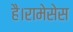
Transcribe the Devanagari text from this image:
है।रामेसेस